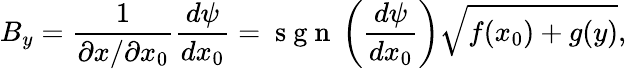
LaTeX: B_{y}=\frac{1}{\partial x/\partial x_{0}}\frac{d\psi}{dx_{0}}=\mathrm{~s~g~n~}\left(\frac{d\psi}{dx_{0}}\right)\sqrt{f(x_{0})+g(y)},